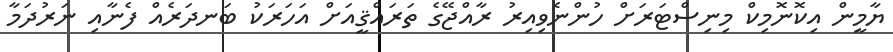
ޔާމީން އިކޮނޮމިކް މިނިސްޓަރަށް ހުންނެވިއިރު ރާއްޖޭގެ ތަރައްޤީއަށް އަހަރަކު ބަނދަރެއް ފެނާއި ނަރުދަމާ